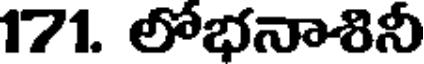
171. లోభనాశినీ